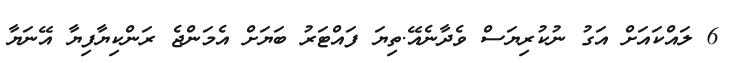
6 ލައްކައަށް އަގު ނުކުރިޔަސް ވެދާނެއޭ.ތިޔަ ފައްޓަރު ބަޔަށް އެމަންޖެ ރަންކިޔާފިޔާ އޭނަޔާ